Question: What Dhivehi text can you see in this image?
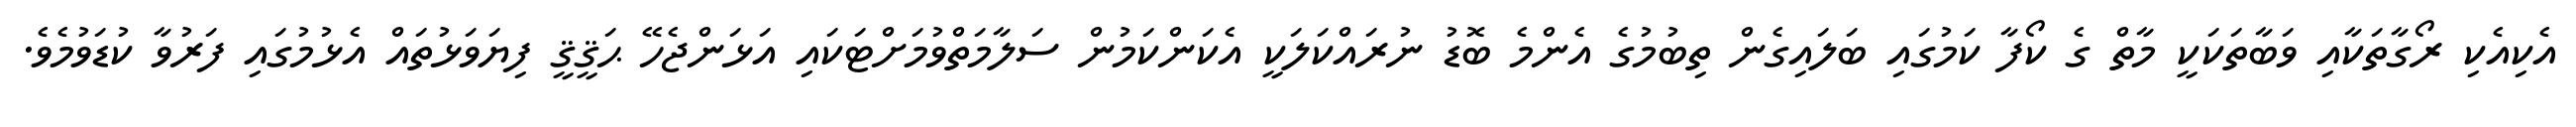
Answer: އެކިއެކި ރޯގާތަކާއި ވަބާތަކަކީ މާތް ގެ ކޯފާ ކަމުގައި ބަލައިގެން ތިބުމުގެ އެންމެ ބޮޑު ނުރައްކަލަކީ އެކަންކަމުން ސަލާމަތްވުމަށްޓަކައި އަޅަންޖެހޭ ޙަޤީޤީ ފިޔަވަޅުތައް އެޅުމުގައި ފަރުވާ ކުޑަވުމެވެ.